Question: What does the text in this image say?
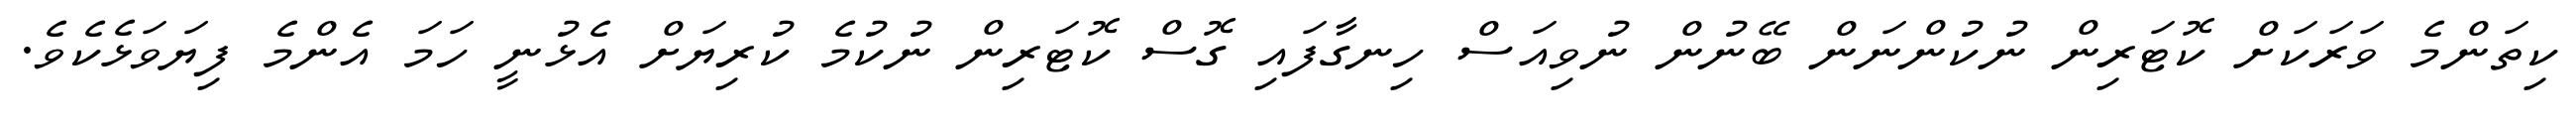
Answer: ކިތަންމެ ވަރަކަށް ކޮޓަރިން ނުކުންނަން ބޭނުން ނުވިއަސް ހިނގާފައި ގޮސް ކޮޓަރިން ނުކުމެ ކުރިޔަށް އެޅުނީ ހަމަ އެންމެ ފިޔަވަޅެކެވެ.